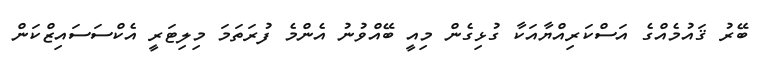
ބޭރު ޤައުމެއްގެ އަސްކަރިއްޔާއަކާ ގުޅިގެން މިއީ ބޭއްވުނު އެންމެ ފުރަތަމަ މިލިޓަރީ އެކްސަސައިޒްކަން